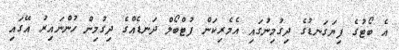
އެ ބޯޓުގެ ފިޔަގަނޑުގެ ދިގުމިނުގައި އެމެރިކަން ފުޓްބޯލް ދަނޑެއްގެ ދިގުމިން ހުންނައިރު އޭގައި